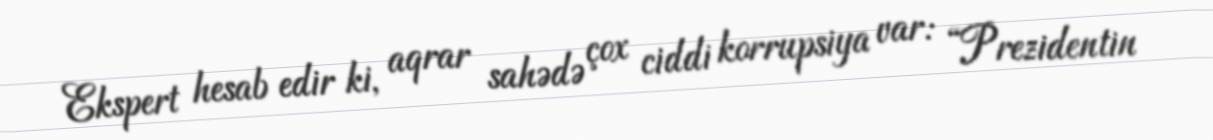
Ekspert hesab edir ki, aqrar sahədə çox ciddi korrupsiya var: “Prezidentin